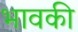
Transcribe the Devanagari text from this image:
भावकी